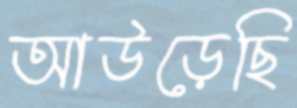
আউড়েছি